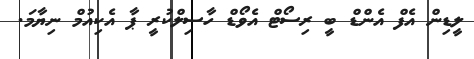
ލީޑިން އެފް އެންޑް ބީ ރިސޯޓް އެވޯޑް ހާސިލްކުރީ ޕާ އެކިއުމް ނިޔާމަ.